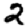
Digit: 2